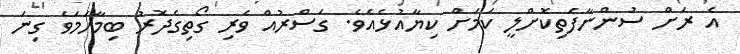
އެ ރަށް ސުންނާފަތިކޮށްލީ ކަމަށް ކިޔާއުޅެއެވެ. ގަސްރުއް ވެރި ގޯތިގެދޮރު ބިމާހަމަވެ ގިނަ